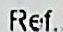
REF.: